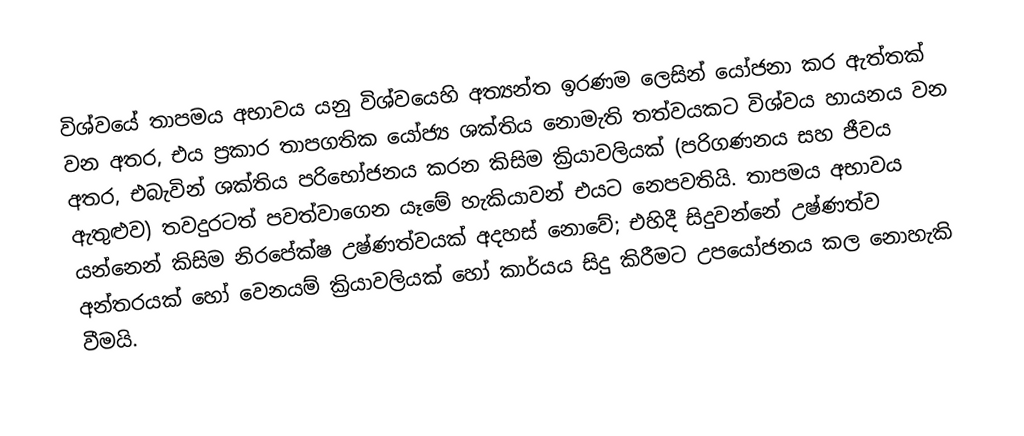
විශ්වයේ තාපමය අභාවය යනු විශ්වයෙහි අත්‍යන්ත ඉරණම ලෙසින් යෝජනා කර ඇත්තක් වන අතර, එය ප්‍රකාර  තාපගතික යෝජ්‍ය ශක්තිය නොමැති තත්වයකට විශ්වය හායනය වන අතර, එබැවින් ශක්තිය පරිභෝජනය කරන කිසිම ක්‍රියාවලියක්  (පරිගණනය සහ ජීවය ඇතුළුව) තවදුරටත් පවත්වාගෙන යෑමේ හැකියාවන් එයට නෙපවතියි. තාපමය අභාවය යන්නෙන් කිසිම නිරපේක්ෂ උෂ්ණත්වයක් අදහස් නොවේ; එහිදී සිදුවන්නේ උෂ්ණත්ව අන්තරයක් හෝ වෙනයම් ක්‍රියාවලියක් හෝ  කාර්යය සිදු කිරීමට උපයෝජනය කල නොහැකි වීමයි.